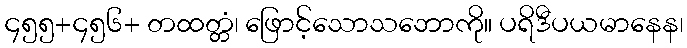
၄၅၅+၄၅၆+ တထတ္တံ၊ ဖြောင့်သောသဘောကို။ ပရိဒီပယမာနေန၊